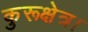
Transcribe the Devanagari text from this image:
कुरूक्षेत्र।